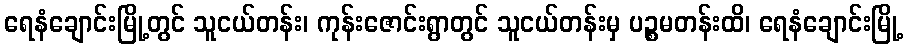
ရေနံချောင်းမြို့တွင် သူငယ်တန်း၊ ကုန်းဇောင်းရွာတွင် သူငယ်တန်းမှ ပဉ္စမတန်းထိ၊ ရေနံချောင်းမြို့